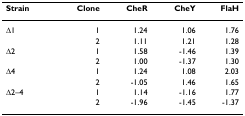
| Strain | Clone | CheR | CheY | FlaH |
 | --- | --- | --- | --- | --- |
 | Δ1 | 1 | 1.24 | 1.06 | 1.76 |
 |  | 2 | 1.11 | 1.21 | 1.28 |
 | Δ2 | 1 | 1.58 | -1.46 | 1.39 |
 |  | 2 | 1.00 | -1.37 | 1.30 |
 | Δ4 | 1 | 1.24 | 1.08 | 2.03 |
 |  | 2 | -1.05 | 1.46 | 1.65 |
 | Δ2–4 | 1 | 1.14 | -1.16 | 1.77 |
 |  | 2 | -1.96 | -1.45 | -1.37 |